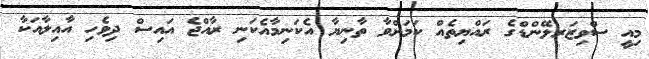
މިއީ ސްވިޒަރލޭންޑްގެ ރައްޔިތެއް ކަމަށްވާ ތާނިޔާ އެކަނިމާއެކަނި ރާއްޖެ އައިސް ދިވެހި އާއިލާއަކާ